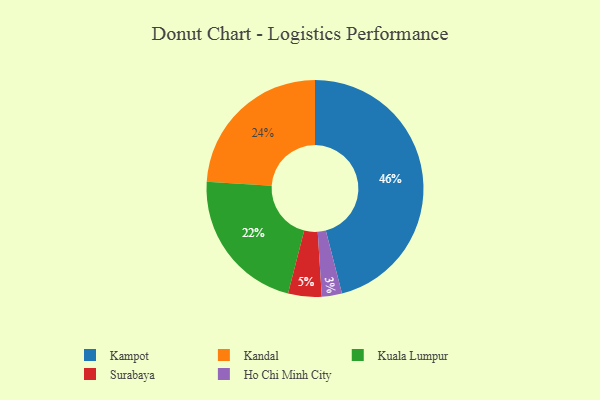
{"axis": {"x": "Category", "y": "Percentage"}, "legend": ["Ho Chi Minh City", "Kampot", "Kandal", "Kuala Lumpur", "Surabaya"], "data": [{"x": "Surabaya", "y": 5, "type": "Surabaya"}, {"x": "Kampot", "y": 46, "type": "Kampot"}, {"x": "Kuala Lumpur", "y": 22, "type": "Kuala Lumpur"}, {"x": "Kandal", "y": 24, "type": "Kandal"}, {"x": "Ho Chi Minh City", "y": 3, "type": "Ho Chi Minh City"}]}